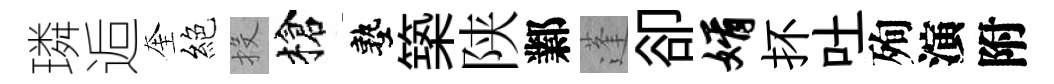
璘逅奎絕投槍塾築陕鄴蓬卻婿抔吐殉演附